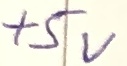
Text: +5V